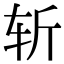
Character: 斩